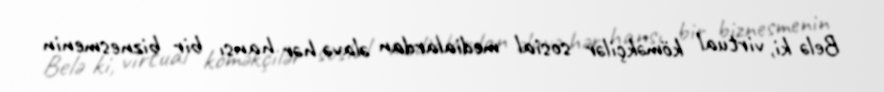
Belə ki, virtual köməkçilər sosial medialardan əlavə hər hansı bir biznesmenin